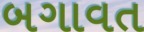
બગાવત